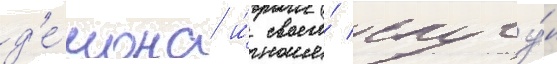
д'е́мона и́ своего́ слугу́